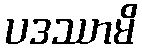
ပဒဿာမိ